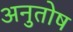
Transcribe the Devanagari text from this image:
अनुुतोष